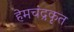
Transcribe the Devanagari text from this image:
हेमचंद्रकृत